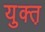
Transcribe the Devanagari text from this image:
युक्त़